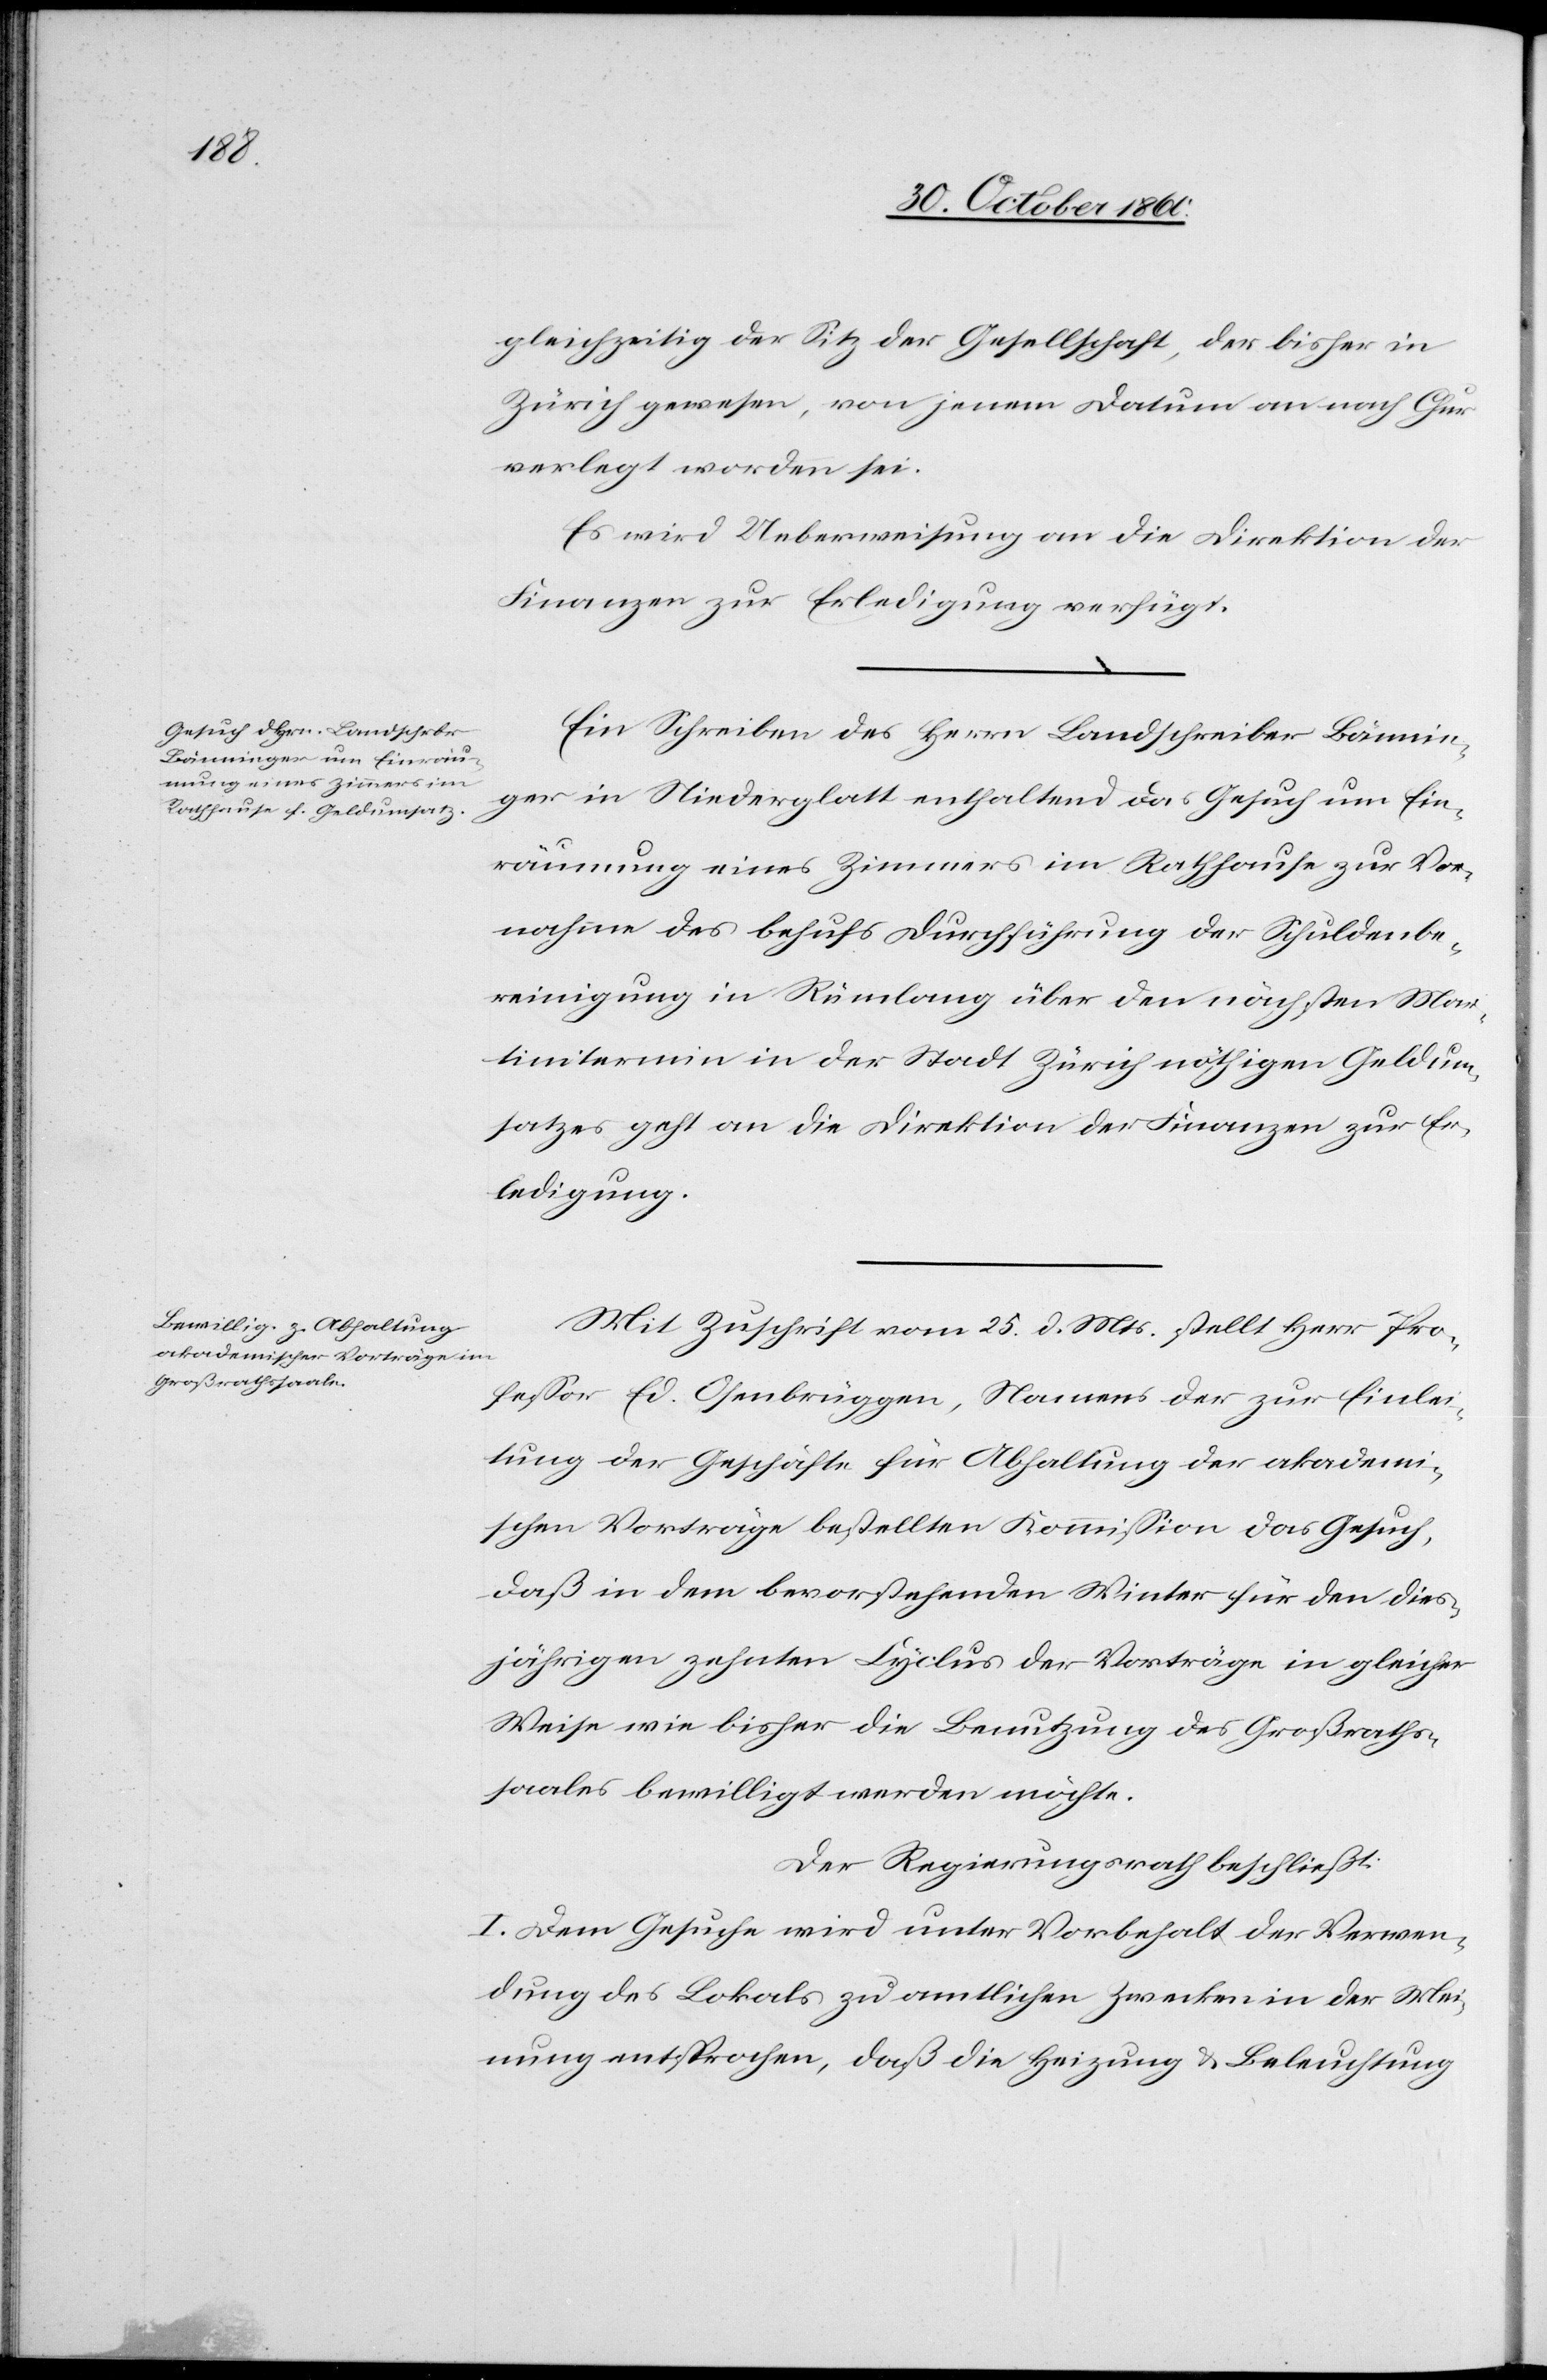
gleichzeitig der Sitz der Gesellschaft, der bisher in
Zürich gewesen, von jenem Datum an nach Chur
verlegt worden sei.
Es wird Ueberweisung an die Direktion der
Finanzen zur Erledigung verfügt.
Ein Schreiben des Herrn Landschreiber Bännin¬
ger in Niederglatt enthaltend das Gesuch um Ein¬
räumung eines Zimmers im Rathhause zur Vor¬
nahme des behufs Durchführung der Schuldenbe¬
reinigung in Rümlang über den nächsten Mar¬
tinitermin in der Stadt Zürich nöthigen Geldum¬
satzes geht an die Direktion der Finanzen zur Er¬
ledigung.
Mit Zuschrift vom 25. d. Mts. stellt Herr Pro¬
fessor Ed. Osenbrüggen, Namens der zur Einlei¬
tung der Geschäfte für Abhaltung der akademi¬
schen Vorträge bestellten Kommission das Gesuch,
daß in dem bevorstehenden Winter für den dies¬
jährigen zehnten Cyclus der Vorträge in gleicher
Weise wie bisher die Benutzung des Großraths¬
saales bewilligt werden möchte.
Der Regierungsrath beschließt:
I. Dem Gesuche wird unter Vorbehalt der Verwen¬
dung des Lokals zu amtlichen Zwecken in der Mei¬
nung entsprochen, daß die Heizung u. Beleuchtung